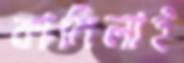
কামিলাই